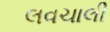
લવચાલી